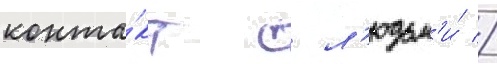
конта́кт с л'юдьм'и́ //